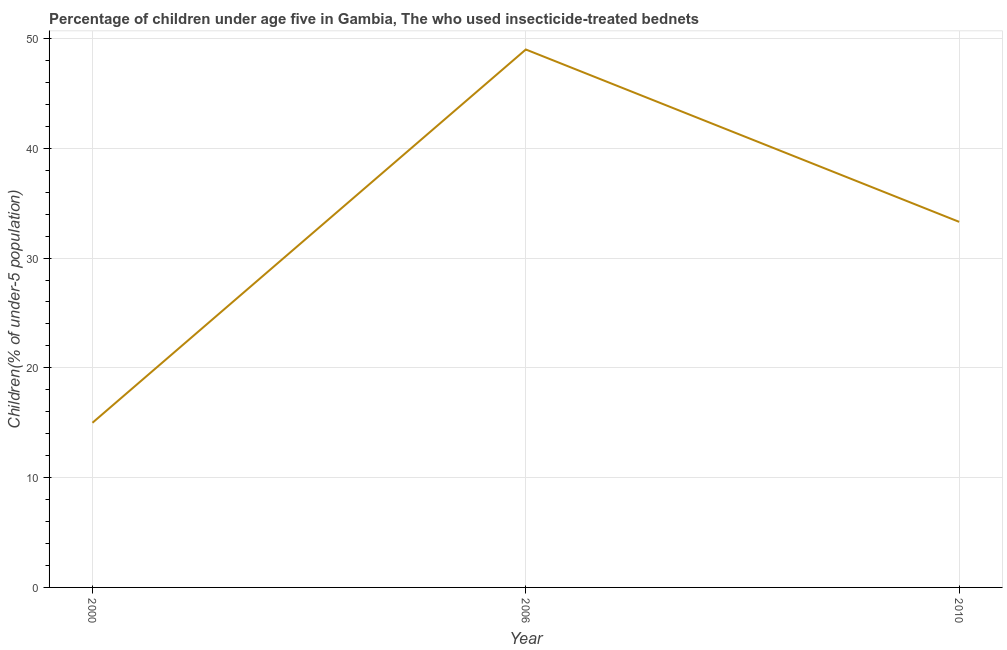
| Year | Use of insecticide-treated bed nets (% of under-5 population) |
 | --- | --- |
 | 2000 | 15 |
 | 2006 | 49 |
 | 2010 | 33.3 |